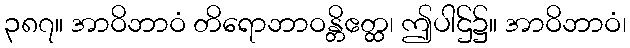
၃၈၇။ အာဝိဘာဝံ တိရောဘာဝန္တိဧတ္ထ၊ ဤပါဌ်၌။ အာဝိဘာဝံ၊